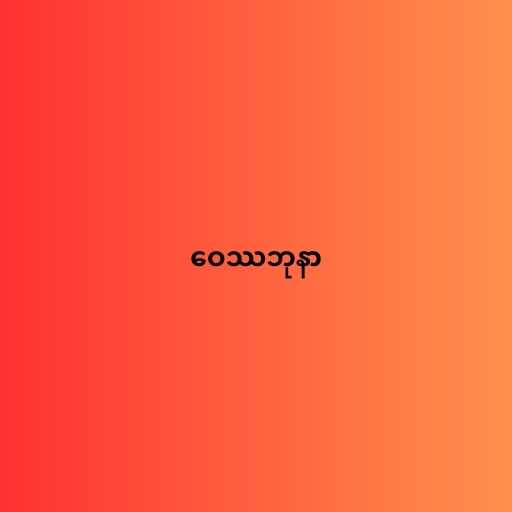
ဝေဿဘုနာ